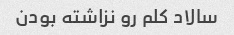
سالاد کلم رو نزاشته بودن